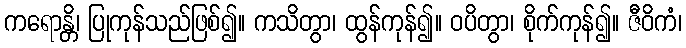
ကရောန္တိ၊ ပြုကုန်သည်ဖြစ်၍။ ကသိတွာ၊ ထွန်ကုန်၍။ ဝပိတွာ၊ စိုက်ကုန်၍။ ဇီဝိကံ၊